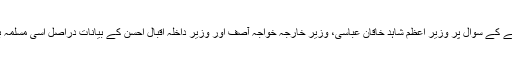
ملک کے اندر صفائی یا انتہاپسندی پر قابو پانے کے سوال پر وزیر اعظم شاہد خاقان عباسی، وزیر خارجہ خواجہ آصف اور وزیر داخلہ اقبال احسن کے بیانات دراصل اسی مسلمہ بیانیہ کو چیلنج کرنے کی کوشش کررہے ہیں۔